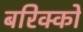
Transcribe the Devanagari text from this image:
बरिक्को